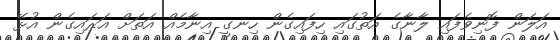
އަލަން ފޮނިވެފައި ލާނާގެ އަތުގައި ހިފައިގެން ހިނގީ އިނާމެއް އަތަށް އަރައިގެން އުޅޭ